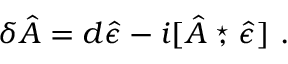
\delta \hat { A } = d \hat { \epsilon } - i [ \hat { A } \stackrel { \star } { , } \hat { \epsilon } ] ~ .